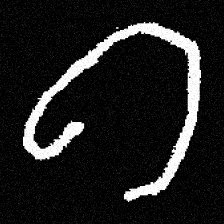
Pyu character \u2014 Myanmar letter: ဂ (romanized: ga)